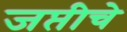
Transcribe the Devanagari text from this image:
जप्तीचे